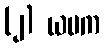
(၂) ယမက